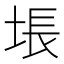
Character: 㙊